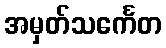
အမှတ်သင်္ကေတ